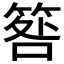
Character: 𥮑